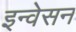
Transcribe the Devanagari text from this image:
इन्वेसन